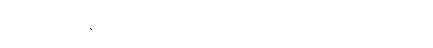
အားထုတ်ကြကုန်လော့။ ဣတိ၊ ဤပါဠိရပ်၌။ ဝီရိယံ၊ ဝီရိယသည်။ (အာရမမ္ဘောတိ